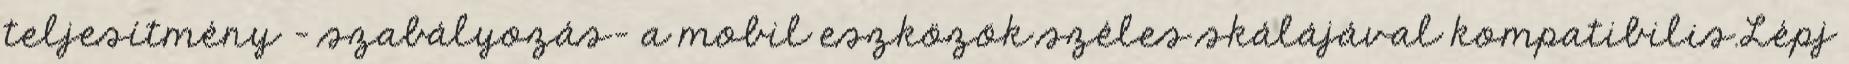
teljesítmény - szabályozás– a mobil eszközök széles skálájával kompatibilis.Lépj